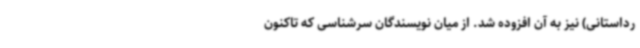
رداستانی) نیز به آن افزوده شد. از میان نویسندگان سرشناسی که تاکنون